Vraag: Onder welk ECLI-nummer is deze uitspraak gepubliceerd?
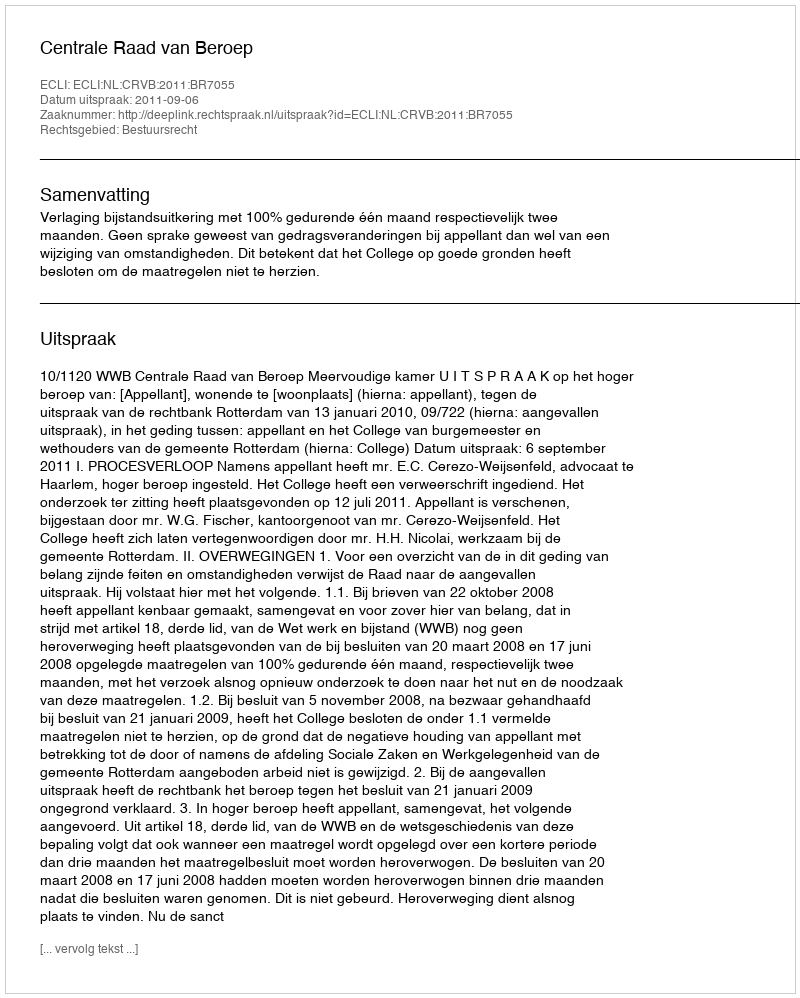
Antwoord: ECLI:NL:CRVB:2011:BR7055